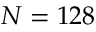
N = 1 2 8